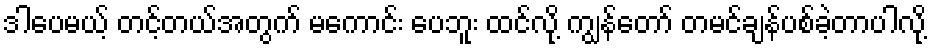
ဒါပေမယ့် တင့်တယ်အတွက် မကောင်း ပေဘူး ထင်လို့ ကျွန်တော် တမင်ချန်ပစ်ခဲ့တာပါလို့